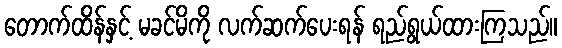
တောက်ထိန်နှင့် မခင်မိကို လက်ဆက်ပေးရန် ရည်ရွယ်ထားကြသည်။